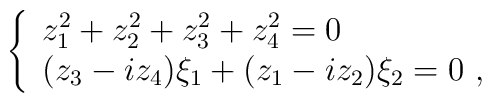
\left\{\begin{array}{l}z_1^2+ z_2^2+ z_3^2+ z_4^2 = 0\\(z_3-iz_4)\xi_1 + (z_1-iz_2)\xi_2 = 0~,\end{array}\right.